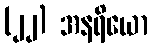
(၂၂) အနရိယော